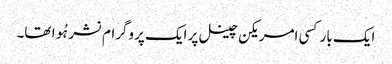
ایک بار کسی امریکن چینل پر ایک پروگرام نشر ہُوا تھا۔